Lunatic asylums Central Provinces reports 1874-1885 - 1874-1885
Year: 1874
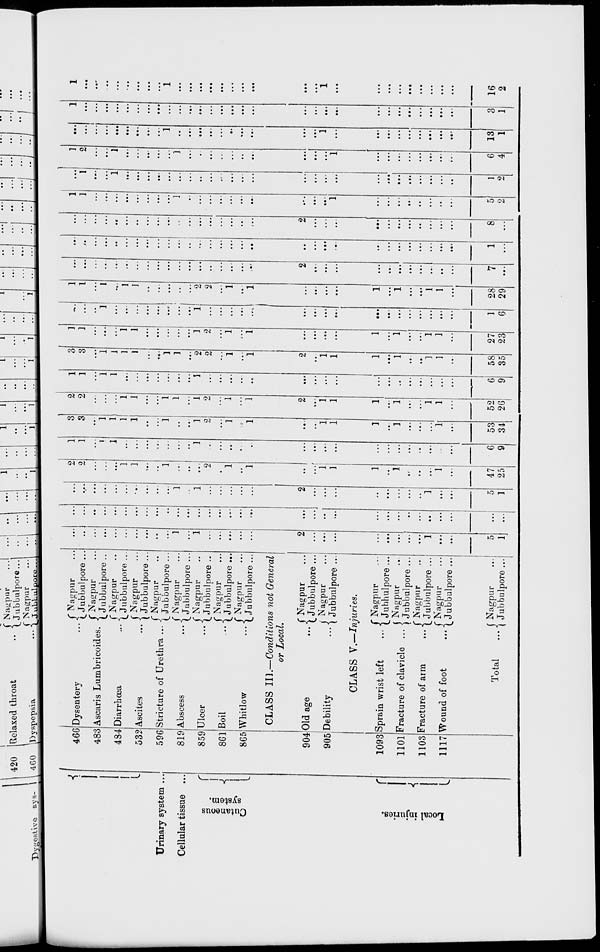
Urinary system ..
Cellular tissue ...
Cutaneous
system.
Local injuries.
466
483
434
532
596
819
859
861
865
904
905
1093
1101
1103
1117
Dysentery ...
Ascaris Lumbricoides.
Diarrhœa ...
Ascites ...
Stricture of Urethra ...
Abscess ...
Ulcer ...
Boil ...
Whitlow
Nagpur ...
Jubbulpore ...
Nagpur ...
Jubbulpore ...
Nagpur ...
Jubbulpore ...
Nagpur ...
Jubbulpore ..
Nagpur ...
Jubbulpore ...
Nagpur ...
Jubbulpore ...
Nagpur ...
Jubbulpore ...
Nagpur ...
Jubbulpore ...
Nagpur ...
Jubbulpore ...
CLASS III.—Conditions not General
or Local.
Old age
Debility
Nagpur ...
Jubbulpore ...
Nagpur ...
Jubbulpore ...
CLASS V.—Injuries.
Sprain wrist left
...
Fracture of clavicle ...
Facture of arm
...
Wound of foot
...
Total
...
Nagpur ...
Jubbulpore ...
Nagpur ...
Jubbulpore ...
Nagpur ...
Jubbulpore ...
Nagpur ...
Jubbulpore ...
Nagpur ...
Jubbulpore ...
...
...
...
...
...
...
...
...
...
...
1
...
1
...
...
...
...
...
2
...
...
...
...
....
...
...
...
1
...
...
5
1
...
...
...
...
...
...
...
...
...
...
...
...
...
...
...
...
...
...
...
...
...
...
...
...
...
...
...
...
...
...
...
...
...
...
...
...
...
...
...
...
...
...
1
...
1
...
...
...
...
...
2
...
...
...
...
...
...
...
...
1
...
...
5
1
2
2
...
...
...
1
1
...
...
1
...
...
...
2
...
1
...
1
...
...
1
1
1
...
1
...
...
...
1
...
47
25
1
1
...
1
1
...
...
...
...
...
...
...
1
...
...
...
...
...
...
...
...
...
...
...
....
...
...
...
...
...
6
9
3
3
...
1
1
1
1
...
...
1
...
...
1
2
...
1
...
1
....
...
1
1
1
...
1
...
...
...
1
...
53
34
2
2
...
...
...
1
1
...
...
1
1
...
1
2
...
1
...
1
2
...
1
1
1
...
1
...
...
1
1
...
52
26
1
1
...
1
1
...
...
...
...
...
...
...
1
...
...
...
...
...
...
...
...
...
...
...
...
...
...
...
...
...
6
9
3
3
...
1
1
1
1
...
...
1
1
...
2
2
...
1
...
1
2
...
1
1
1
....
1
...
...
1
1
...
58
35
1
1
...
...
...
1
1
...
...
...
...
...
1
2
...
1
...
1
...
...
...
...
1
...
1
...
...
1
1
...
27
23
...
...
...
1
...
...
...
...
...
...
...
...
1
...
...
...
...
...
...
...
...
...
...
...
...
...
...
...
...
...
1
6
1
1
...
1
...
1
1
...
...
...
...
...
2
2
...
1
...
1
...
...
...
....
1
...
1
...
...
1
1
...
28
29
...
...
...
...
...
...
...
...
...
...
...
...
...
...
...
...
...
...
2
...
...
...
...
...
...
...
...
...
...
...
7
...
...
...
...
...
...
...
...
...
...
...
...
...
...
...
...
...
...
...
...
...
...
...
...
...
...
...
...
...
...
...
1
...
...
...
...
...
...
...
...
...
...
...
...
...
...
...
...
...
...
...
2
...
...
...
...
...
...
...
..
...
...
...
8
...
1
1
...
...
...
...
...
...
...
...
1
...
...
...
...
...
...
...
...
...
...
1
...
...
...
...
...
...
...
...
5
2
...
1
...
...
1
...
...
...
...
...
...
...
...
...
...
...
...
...
...
....
...
...
...
...
...
...
...
...
...
..
1
2
1
2
...
...
1
...
...
...
...
...
1
...
...
...
...
...
...
...
...
...
...
1
...
...
...
...
...
...
...
...
6
4
...
...
...
...
...
...
...
...
...
1
...
...
...
...
...
...
...
....
...
...
1
...
...
...
...
...
...
...
...
...
13
1
1
...
...
...
...
...
...
...
...
...
...
...
...
...
...
...
...
...
...
...
...
...
...
...
...
...
...
...
...
...
3
1
1
...
...
...
...
...
...
...
...
1
...
...
...
...
...
...
...
...
...
...
1
...
...
...
...
...
...
...
...
...
16
2